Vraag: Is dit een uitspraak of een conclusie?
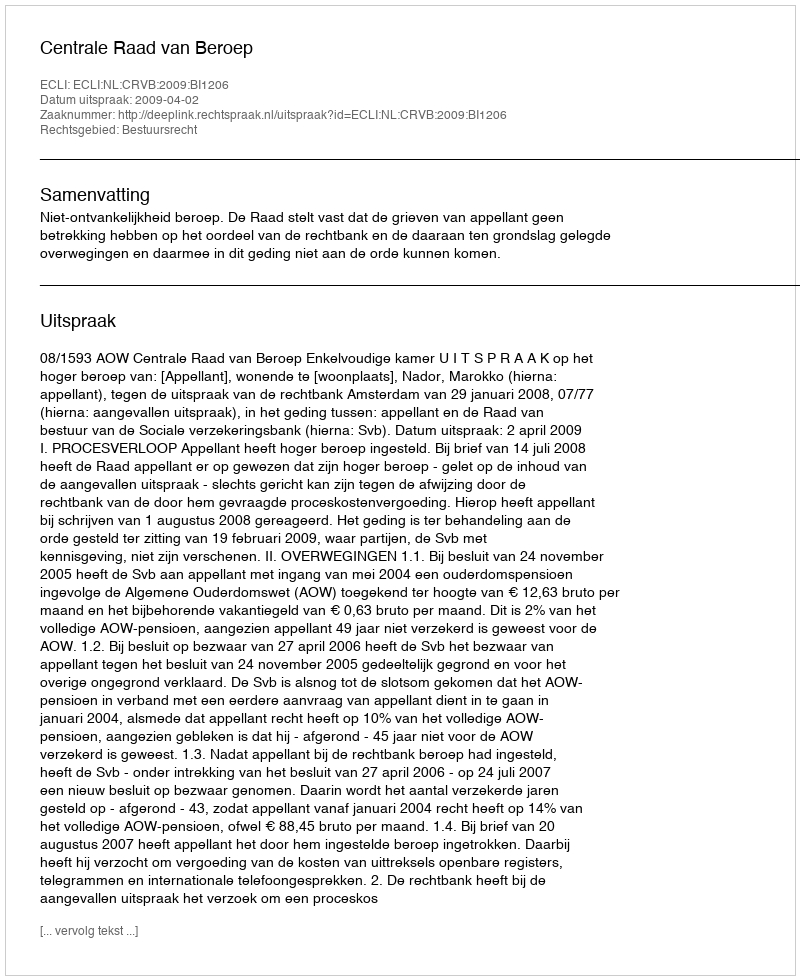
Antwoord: Uitspraak